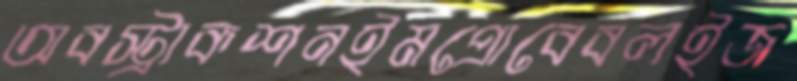
অবস্ট্রাকশনইমপ্রোবেবলইজ